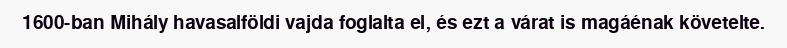
1600-ban Mihály havasalföldi vajda foglalta el, és ezt a várat is magáénak követelte.